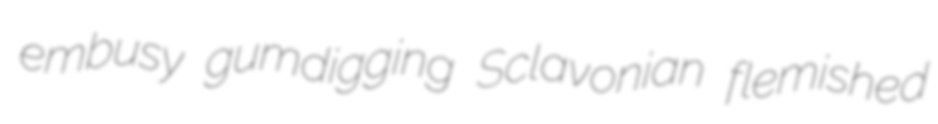
embusy gumdigging Sclavonian flemished